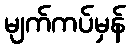
မျက်ကပ်မှန်